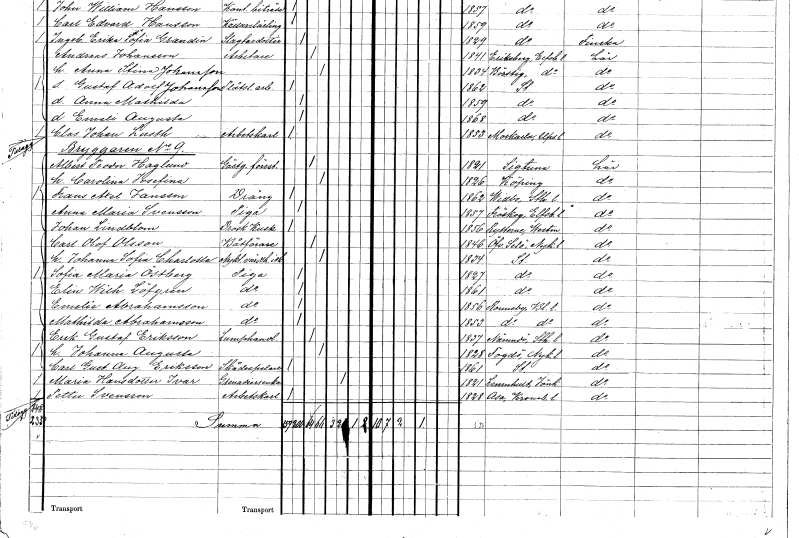
gt_parse: households: individuals: FN: Carolina Josefina
KON: K
CIV: G
FODAR: 1826
FN: Frans Axel
EN: Jansson
YRKE: Dräng
KON: M
CIV: O
FODAR: 1862
FODFORS: Vidbo Stockholms län
FN: Anna Maria
EN: Svensson
YRKE: Piga
KON: K
CIV: O
FODAR: 1857
FODFORS: Fröskog Älvsborgs län
FN: Johan
EN: Lindblom
YRKE: Droskkusk
KON: M
CIV: O
FODAR: 1856
FODFORS: Rytterne Västmanlands län
FN: Carl Olof
EN: Olsson
YRKE: Båtförare
KON: M
CIV: G
FODAR: 1846
FODFORS: Överselö Södermanlands län
FN: Johanna Sofia Charlotta
YRKE: Nykterhetsvärdshusidkare
KON: K
CIV: G
FODAR: 1834
FODFORS: Stockholm
FN: Sofia Maria
EN: Östberg
YRKE: Piga
KON: K
CIV: O
FODAR: 1827
FODFORS: Stockholm
FN: Elin Wilhelmina
EN: Löfgren
YRKE: Piga
KON: K
CIV: O
FODAR: 1861
FODFORS: Stockholm
FN: Emelie
EN: Abrahamsson
YRKE: Piga
KON: K
CIV: O
FODAR: 1856
FODFORS: Ronneby Blekinge län
FN: Mathilda
EN: Abrahamsson
YRKE: Piga
KON: K
CIV: O
FODAR: 1853
FODFORS: Ronneby Blekinge län
FN: Erik Gustaf
EN: Eriksson
YRKE: Lumphandlare
KON: M
CIV: G
FODAR: 1837
FODFORS: Nämdö Stockholms län
FN: Johanna Augusta
KON: K
CIV: G
FODAR: 1828
FODFORS: Fogdö Södermanlands län
FN: Carl Gustaf August
EN: Eriksson
YRKE: Skådespelare
KON: M
CIV: O
FODAR: 1861
FODFORS: Stockholm
FN: Maria
EN: Hansdotter Ivar
YRKE: Grenadiersänka
KON: K
CIV: E
FODAR: 1821
FODFORS: Lemnhult Jönköpings län
FN: Petter
EN: Svensson
YRKE: Arbetskarl
KON: M
CIV: O
FODAR: 1828
FODFORS: Asa Kronobergs län